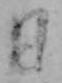
日